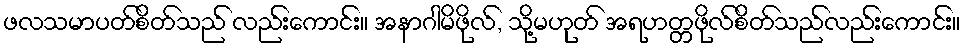
ဖလသမာပတ်စိတ်သည် လည်းကောင်း။ အနာဂါမိဖိုလ်, သို့မဟုတ် အရဟတ္တဖိုလ်စိတ်သည်လည်းကောင်း။